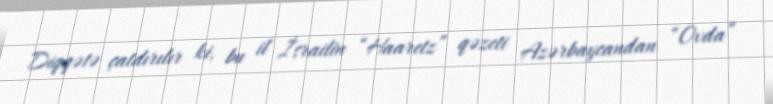
Diqqətə çatdırılır ki, bu il İsrailin “Haaretz” qəzeti Azərbaycandan “Ovda”